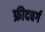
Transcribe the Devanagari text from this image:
फ्रीदबर्ग